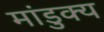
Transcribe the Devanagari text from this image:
मांडुक्य